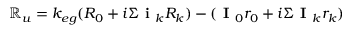
\mathbb { R } _ { u } = k _ { e g } ( R _ { 0 } + i \Sigma \textbf { i } _ { k } R _ { k } ) - ( \textbf { I } _ { 0 } r _ { 0 } + i \Sigma \textbf { I } _ { k } r _ { k } )